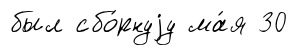
был сбо́рнуjу ма́я 30